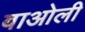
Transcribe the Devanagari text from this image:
बाओली